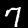
Digit: 7